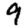
Digit: 9